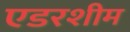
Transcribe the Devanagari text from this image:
एडरशीम